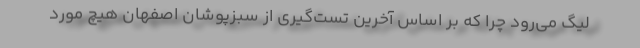
لیگ می‌رود چرا که بر اساس آخرین تست‌گیری از سبزپوشان اصفهان هیچ مورد